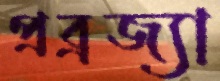
প্রব্রজ্যা